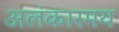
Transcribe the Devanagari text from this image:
अलंकारमय